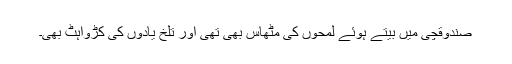
صندوقچی میں بیتے ہوئے لمحوں کی مٹھاس بھی تھی اور تلخ یادوں کی کڑواہٹ بھی۔